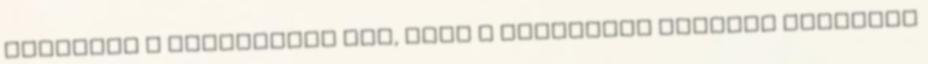
lovassal a Dunántúlra jön, hogy a Dunántúlt Bocskai pártjára